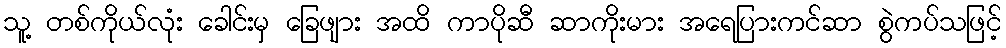
သူ့ တစ်ကိုယ်လုံး ခေါင်းမှ ခြေဖျား အထိ ကာပိုဆီ ဆာကိုးမား အရေပြားကင်ဆာ စွဲကပ်သဖြင့်